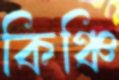
কিঞ্চি